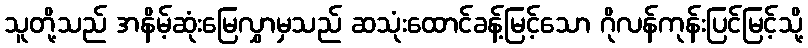
သူတို့သည် အနိမ့်ဆုံးမြေလွှာမှသည် ဆသုံးထောင်ခန့်မြင့်သော ဂိုလန်ကုန်းပြင်မြင့်သို့